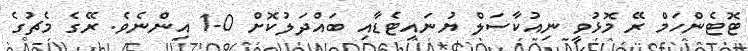
ޓޮޓެންހަމް ރޭ މޮޅުވީ ނިއުކާސަލް ޔުނައިޓެޑާއި ބައްދަލުކޮށް 0-1 އިންނެވެ. ރޭގެ މެޗުގެ